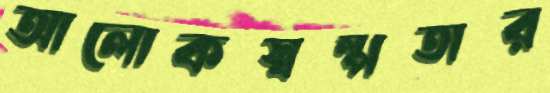
আলোকস্বল্পতার